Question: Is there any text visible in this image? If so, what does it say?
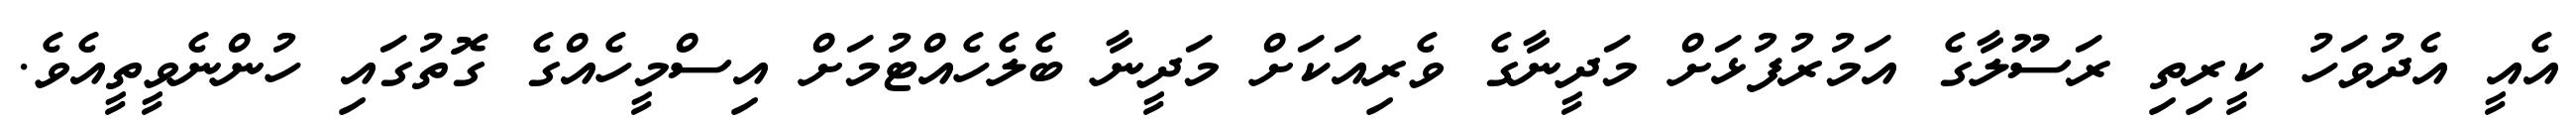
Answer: އެއީ އެދުވަހު ކީރިތި ރަސޫލާގެ އަމުރުފުޅަށް މަދީނާގެ ވެރިއަކަށް މަދީނާ ބެލެހެއްޓުމަށް އިސްމީހެއްގެ ގޮތުގައި ހުންނެވީތީއެވެ.